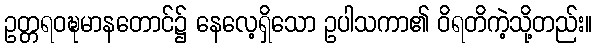
ဥတ္တရဝဍ္ဎမာနတောင်၌ နေလေ့ရှိသော ဥပါသကာ၏ ဝိရတိကဲ့သို့တည်း။